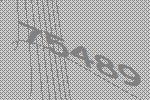
75489